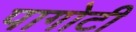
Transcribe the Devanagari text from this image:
पागोटी